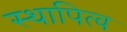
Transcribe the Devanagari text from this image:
स्थापित्व